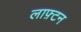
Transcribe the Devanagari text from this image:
लाफ़्टन